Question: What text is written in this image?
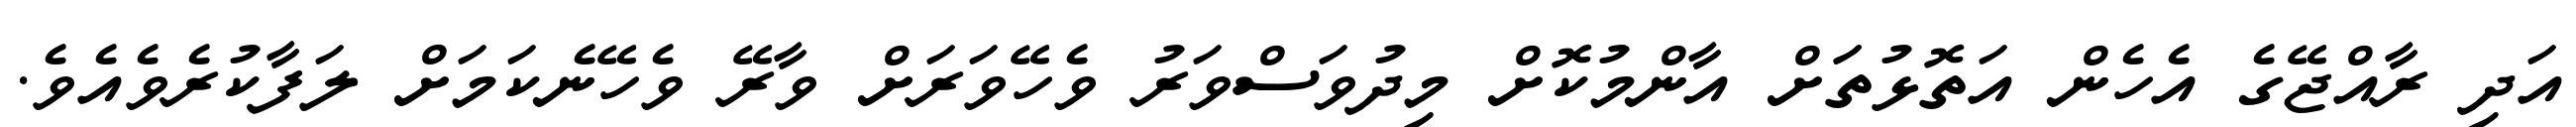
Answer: އަދި ރާއްޖޭގެ އެހެން އަތޮޅުތަަށް އާންމުކޮށް މިދުވަސްވަރު ވެހޭވަރަށް ވާރޭ ވެހޭނެކަމަށް ލަފާކުރެވެއެވެ.